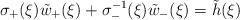
LaTeX: \begin{align*}\sigma_+(\xi)\tilde w_+(\xi)+\sigma_-^{-1}(\xi)\tilde w_-(\xi)=\tilde h(\xi)\end{align*}